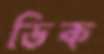
ডিক